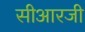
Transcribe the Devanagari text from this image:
सीआरजी